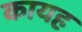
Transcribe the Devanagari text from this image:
कायह